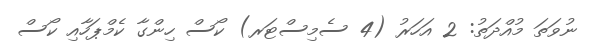
ނުވަތަ މުއްދަތު: 2 އަހަރު (4 ސެމިސްޓަރ) ކޯސް ހިންގާ ކެމްޕަހާއި ކޯސް